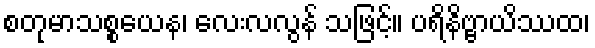
စတုမာသစ္စယေန၊ လေးလလွန် သဖြင့်။ ပရိနိဗ္ဗာယိဿထ၊